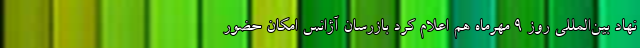
نهاد بین‌المللی روز ۹ مهرماه هم اعلام کرد بازرسان آژانس امکان حضور